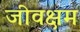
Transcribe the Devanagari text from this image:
जीवक्षम